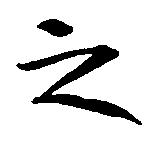
之